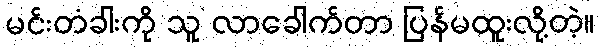
မင်းတံခါးကို သူ လာခေါက်တာ ပြန်မထူးလို့တဲ့။